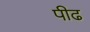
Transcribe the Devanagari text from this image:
पीढ